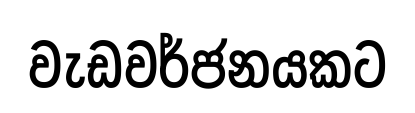
වැඩවර්ජනයකට